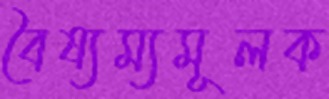
বৈষ্যম্যমূলক